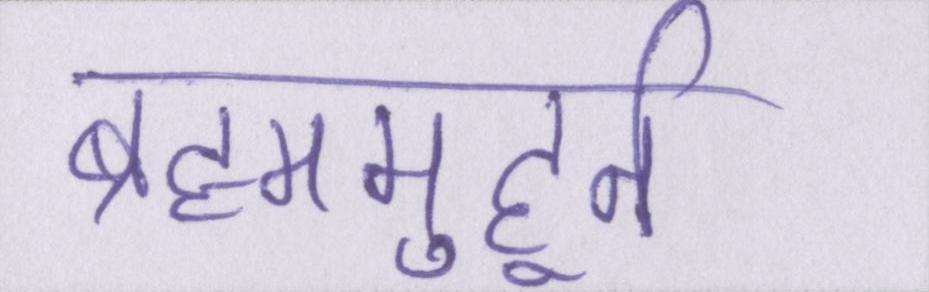
ब्रह्ममुहूर्त